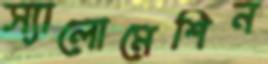
স্যালোমেশিন